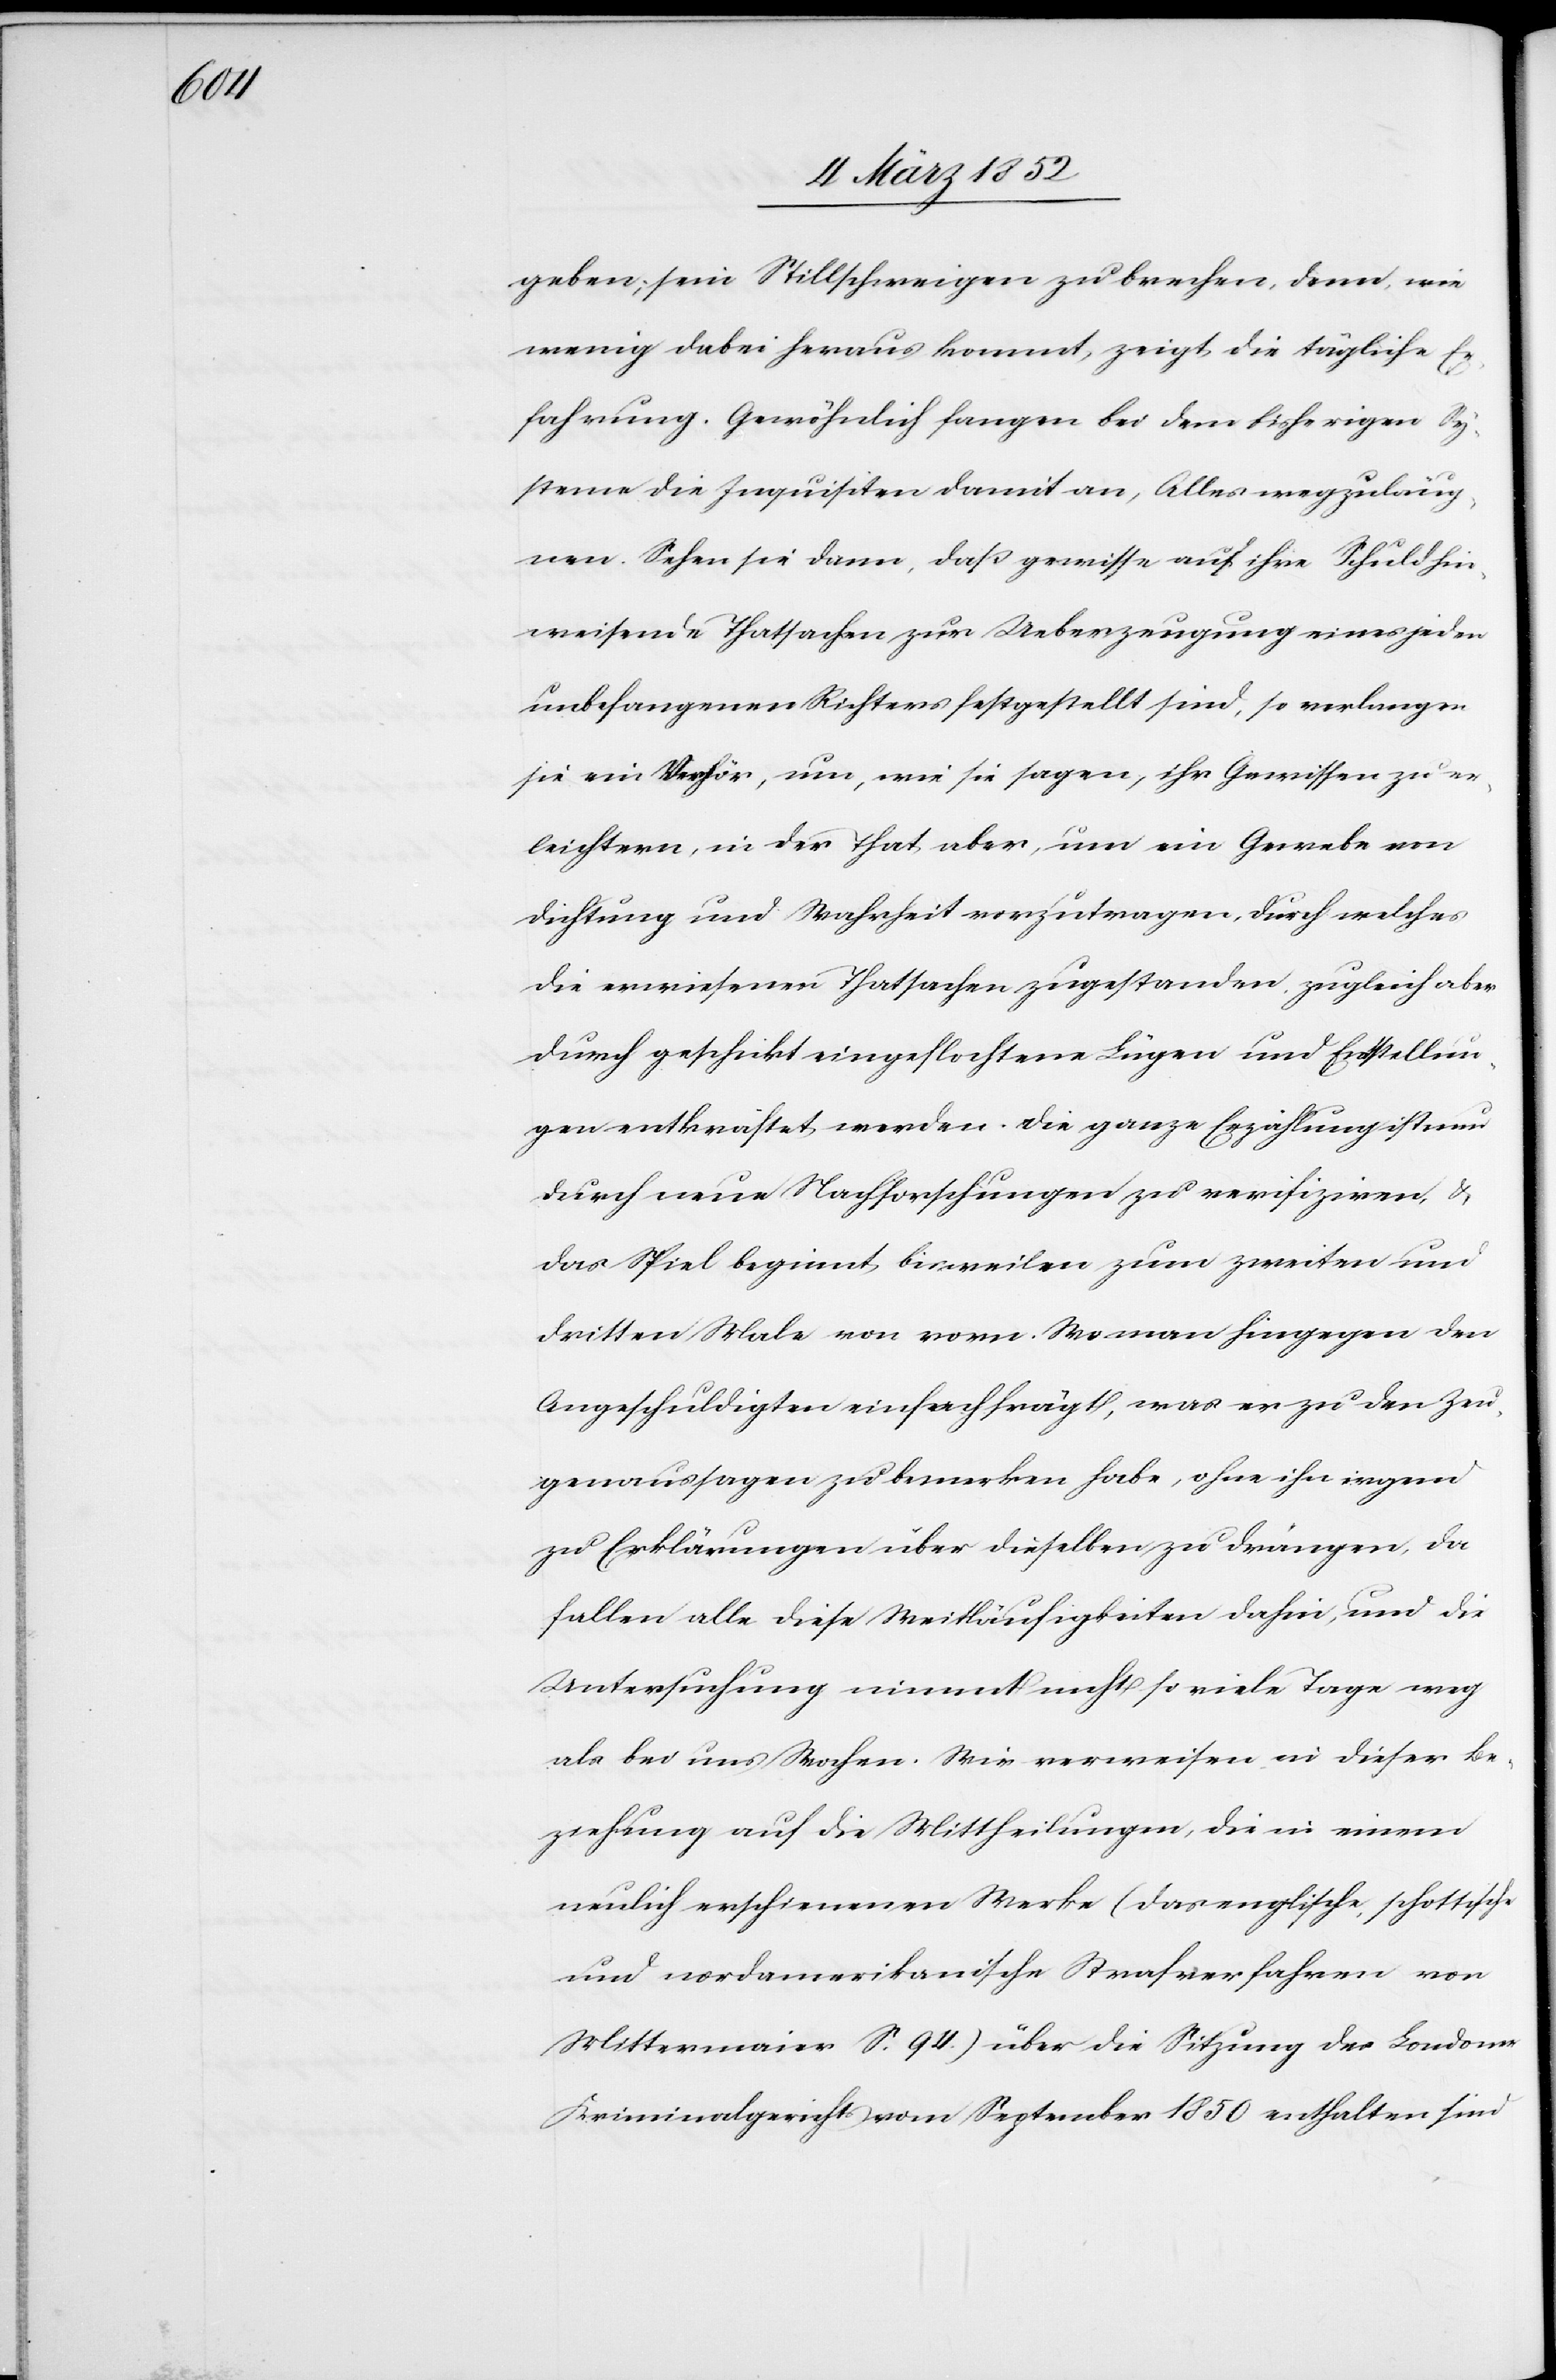
geben; sein Stillschweigen zu brechen, denn wie
wenig dabei heraus kommt, zeigt die tägliche Er¬
fahrung. Gewöhnlich fangen bei dem bisherigen Sy¬
steme die Inquisiten damit an, Alles wegzuläug¬
nen. Sehen sie dann, daß gewisse auf ihre Schuld hin¬
weisende Thatsachen zur Ueberzeugung eines jeden
unbefangenen Richters festgestellt sind, so verlangen
sie ein Verhör, um, wie sie sagen, ihre Gewissen zu er¬
leichtern, in der That aber, um ein Gerede von
Dichtung und Wahrheit vorzutragen, durch welches
die erwiesenen Thatsachen zugestanden, zugleich aber
durch geschickt eingeflochtene Lügen und Entstellun¬
gen entkräftet werden. Die ganze Erzählung ist nun
durch neue Nachforschungen zu verifiziren u.
das Spiel beginnt bisweilen zum zweiten und
dritten Male von vorne. Wo man hingegen den
Angeschuldigten einfach frägt, was er zu den Zeu¬
genaussagen zu bemerken habe, ohne ihn irgend
zu Erklärungen über dieselben zu drängen, da
fallen alle diese Weitläufigkeiten dahin, und die
Untersuchung nimmt nicht so viele Tage weg
als bei uns Wochen. Wir verweisen in dieser Be¬
ziehung auf die Mittheilungen, die in einem
neulich erschienenen Werke (das englische, schottische
und nordamerikanische Strafverfahren von
Mittermaier S. 94) über die Sitzung des Londoner
Kriminalgerichts vom September 1850 enthalten sind.